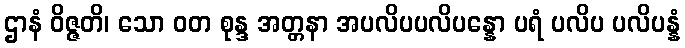
ဌာနံ ဝိဇ္ဇတိ၊ သော ဝတ စုန္ဒ အတ္တနာ အပလိပပလိပန္နော ပရံ ပလိပ ပလိပန္နံ